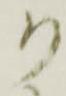
り